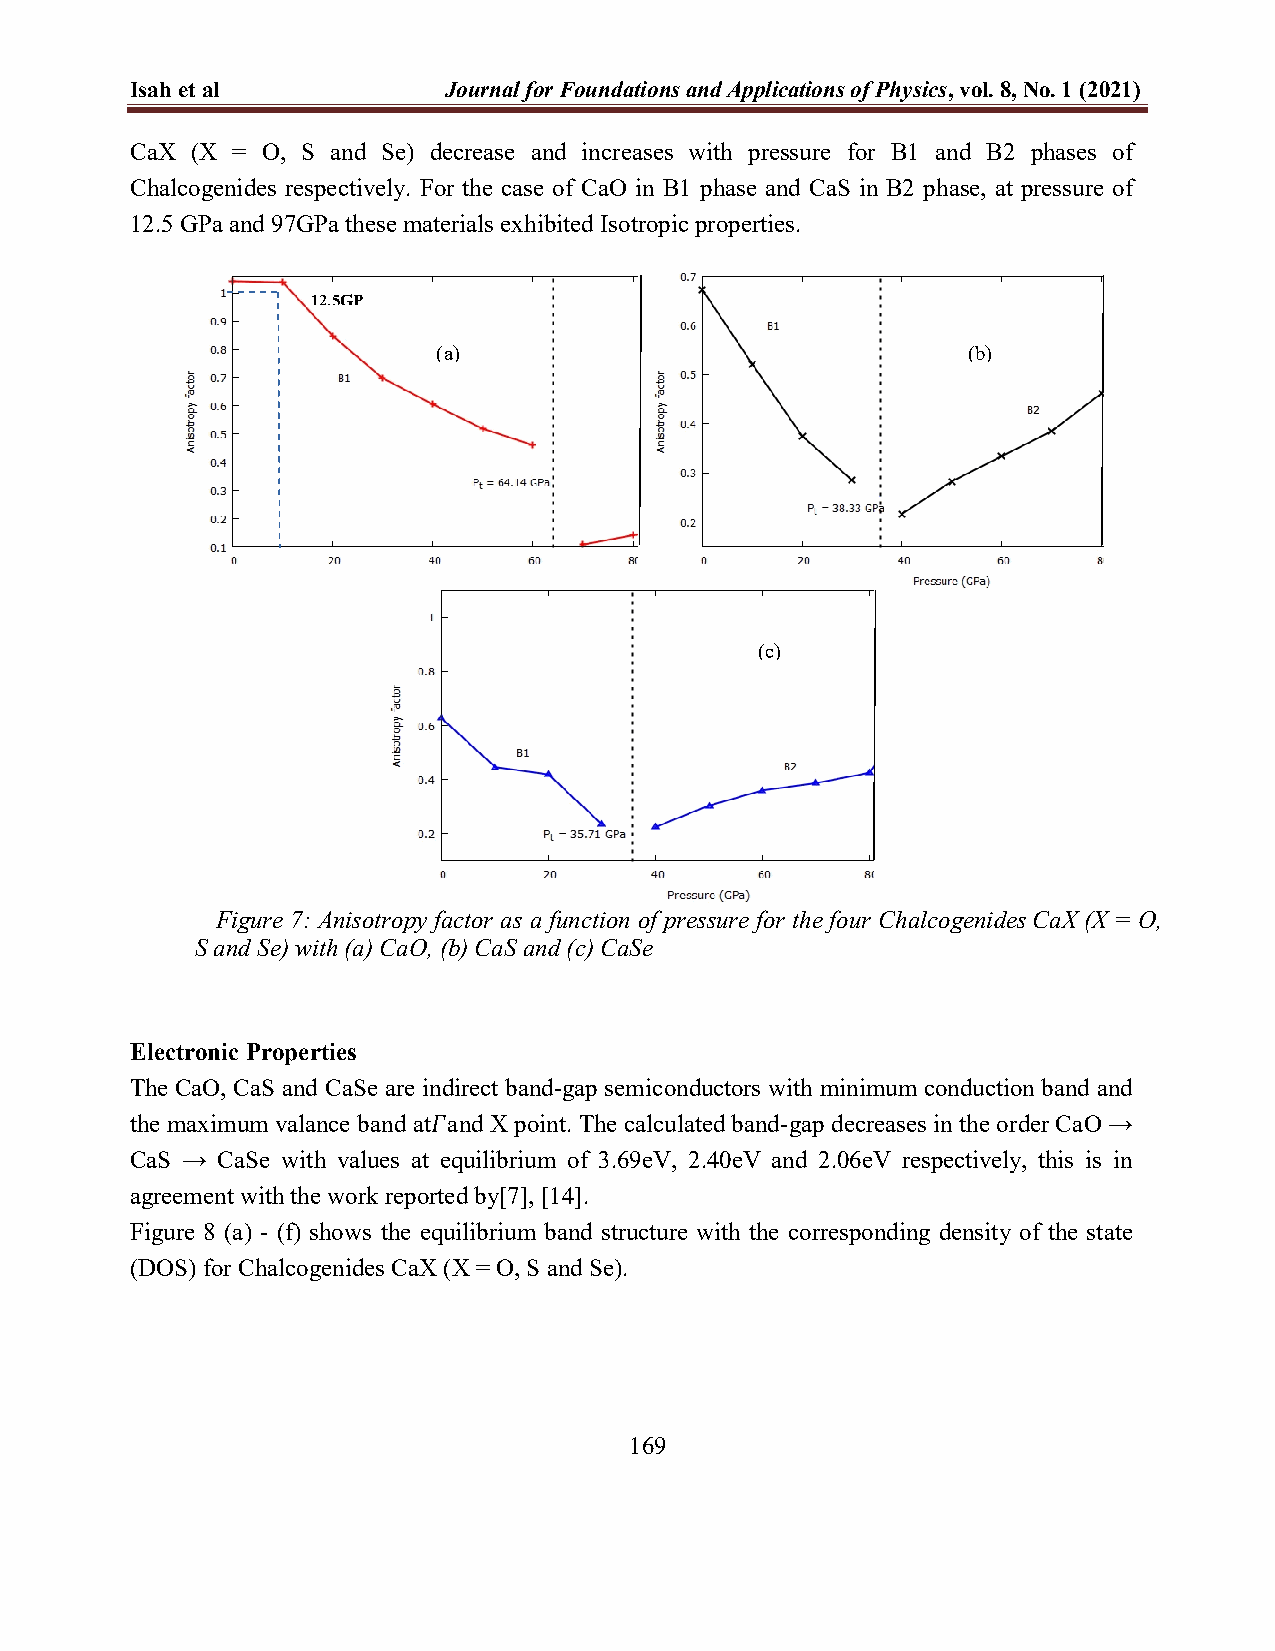
Isah et al          Journal for Foundations and Applications of Physics, vol. 8, No. 1 (2021)
 CaX (X = O, S and Se) decrease and increases with pressure for B1 and B2 phases of
 Chalcogenides respectively. For the case of CaO in B1 phase and CaS in B2 phase, at pressure of
 12.5 GPa and 97GPa these materials exhibited Isotropic properties.
 12.5GP
 (a)                                (b)
 (c)
 Figure 7: Anisotropy factor as a function of pressure for the four Chalcogenides CaX (X = O,
 S and Se) with (a) CaO, (b) CaS and (c) CaSe
 Electronic Properties
 The CaO, CaS and CaSe are indirect band-gap semiconductors with minimum conduction band and
 the maximum valance band at𝛤and X point. The calculated band-gap decreases in the order CaO →
 CaS → CaSe with values at equilibrium of 3.69eV, 2.40eV and 2.06eV respectively, this is in
 agreement with the work reported by[7], [14].
 Figure 8 (a) - (f) shows the equilibrium band structure with the corresponding density of the state
 (DOS) for Chalcogenides CaX (X = O, S and Se).
 169